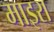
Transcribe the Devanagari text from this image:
माइरा